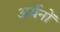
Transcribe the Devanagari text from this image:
अर्यनों